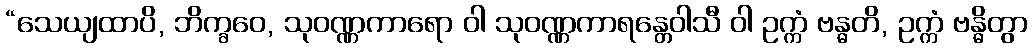
“သေယျထာပိ, ဘိက္ခဝေ, သုဝဏ္ဏကာရော ဝါ သုဝဏ္ဏကာရန္တေဝါသီ ဝါ ဥက္ကံ ဗန္ဓတိ, ဥက္ကံ ဗန္ဓိတွာ